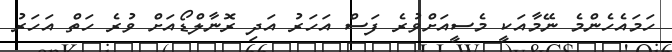
ހަމައެހެންމެ ނޭމާއަކީ މެސީއަށްވުރެ ފަސް އަހަރު އަދި ރޮނާލްޑޯއަށް ވުރެ ހަތް އަހަރު